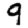
Digit: 9